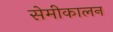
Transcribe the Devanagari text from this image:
सेमीकालन